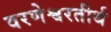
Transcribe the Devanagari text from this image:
वरणेश्वरतीर्थ